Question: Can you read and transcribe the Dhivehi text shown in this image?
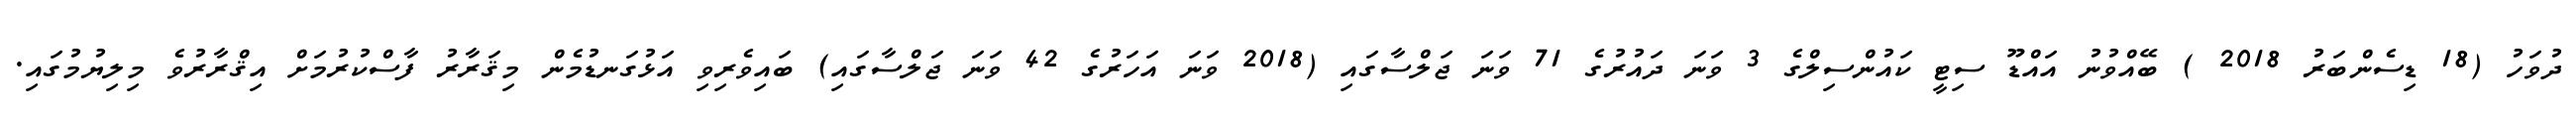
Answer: ދުވަހު (18 ޑިސެންބަރު 2018 ) ބޭއްވުނު އައްޑޫ ސިޓީ ކައުންސިލްގެ 3 ވަނަ ދައުރުގެ 71 ވަނަ ޖަލްސާގައި (2018 ވަނަ އަހަރުގެ 42 ވަނަ ޖަލްސާގައި) ބައިވެރިވި އަޅުގަނޑުމެން މިޤަރާރު ފާސްކުރުމަށް އިޤްރާރުވެ މިލިޔުމުގައި.